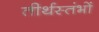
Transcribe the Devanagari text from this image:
तीर्थस्तंभों